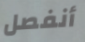
أنفصل